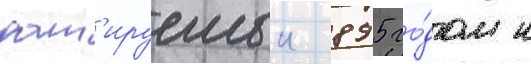
дат'ируемыи 895 го́дом н